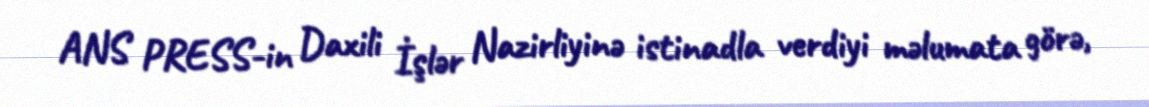
ANS PRESS-in Daxili İşlər Nazirliyinə istinadla verdiyi məlumata görə,